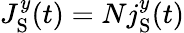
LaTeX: J_{\textrm{S}}^{y}(t)=Nj_{\textrm{S}}^{y}(t)